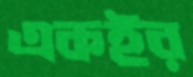
একইর